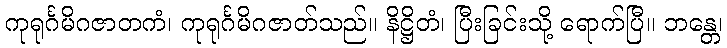
ကုရုင်္ဂမိဂဇာတကံ၊ ကုရုင်္ဂမိဂဇာတ်သည်။ နိဋ္ဌိတံ၊ ပြီးခြင်းသို့ ရောက်ပြီ။ ဘန္တေ၊